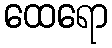
ထေရော